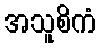
အသူစိကံ